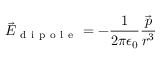
\Vec { E } _ { \mathrm { ~ d ~ i ~ p ~ o ~ l ~ e ~ } } = - \frac { 1 } { 2 \pi \epsilon _ { 0 } } \frac { \Vec { p } } { r ^ { 3 } }